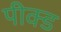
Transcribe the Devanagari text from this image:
पीक्ड